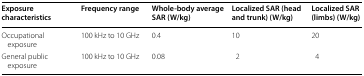
<table><thead><tr><td><b>Exposure characteristics</b></td><td><b>Frequency range</b></td><td><b>Whole-body average SAR (W/kg)</b></td><td><b>Localized SAR (head and trunk) (W/kg)</b></td><td><b>Localized SAR (limbs) (W/kg)</b></td></tr></thead><tbody><tr><td>Occupational exposure</td><td>100 kHz to 10 GHz</td><td>0.4</td><td>10</td><td>20</td></tr><tr><td>General public exposure</td><td>100 kHz to 10 GHz</td><td>0.08</td><td>2</td><td>4</td></tr></tbody></table>